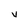
Character: v